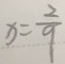
x = \frac { 2 } { 9 }